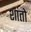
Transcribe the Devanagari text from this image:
शांतो